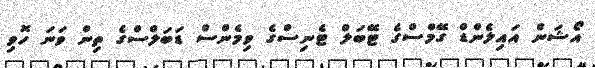
އޯޝަން އައިލެންޑް ގޭމްސްގެ ޓޭބަލް ޓެނިސްގެ ވިމެންސް ޑަބަލްސްގެ ތިން ވަނަ ހޮވި